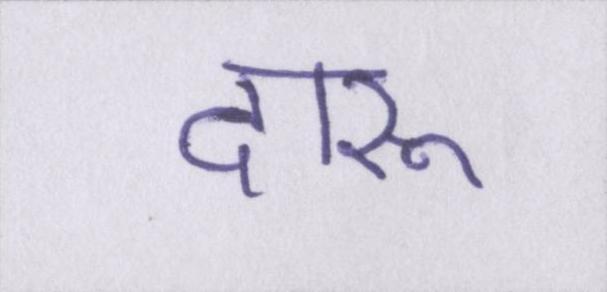
दारू